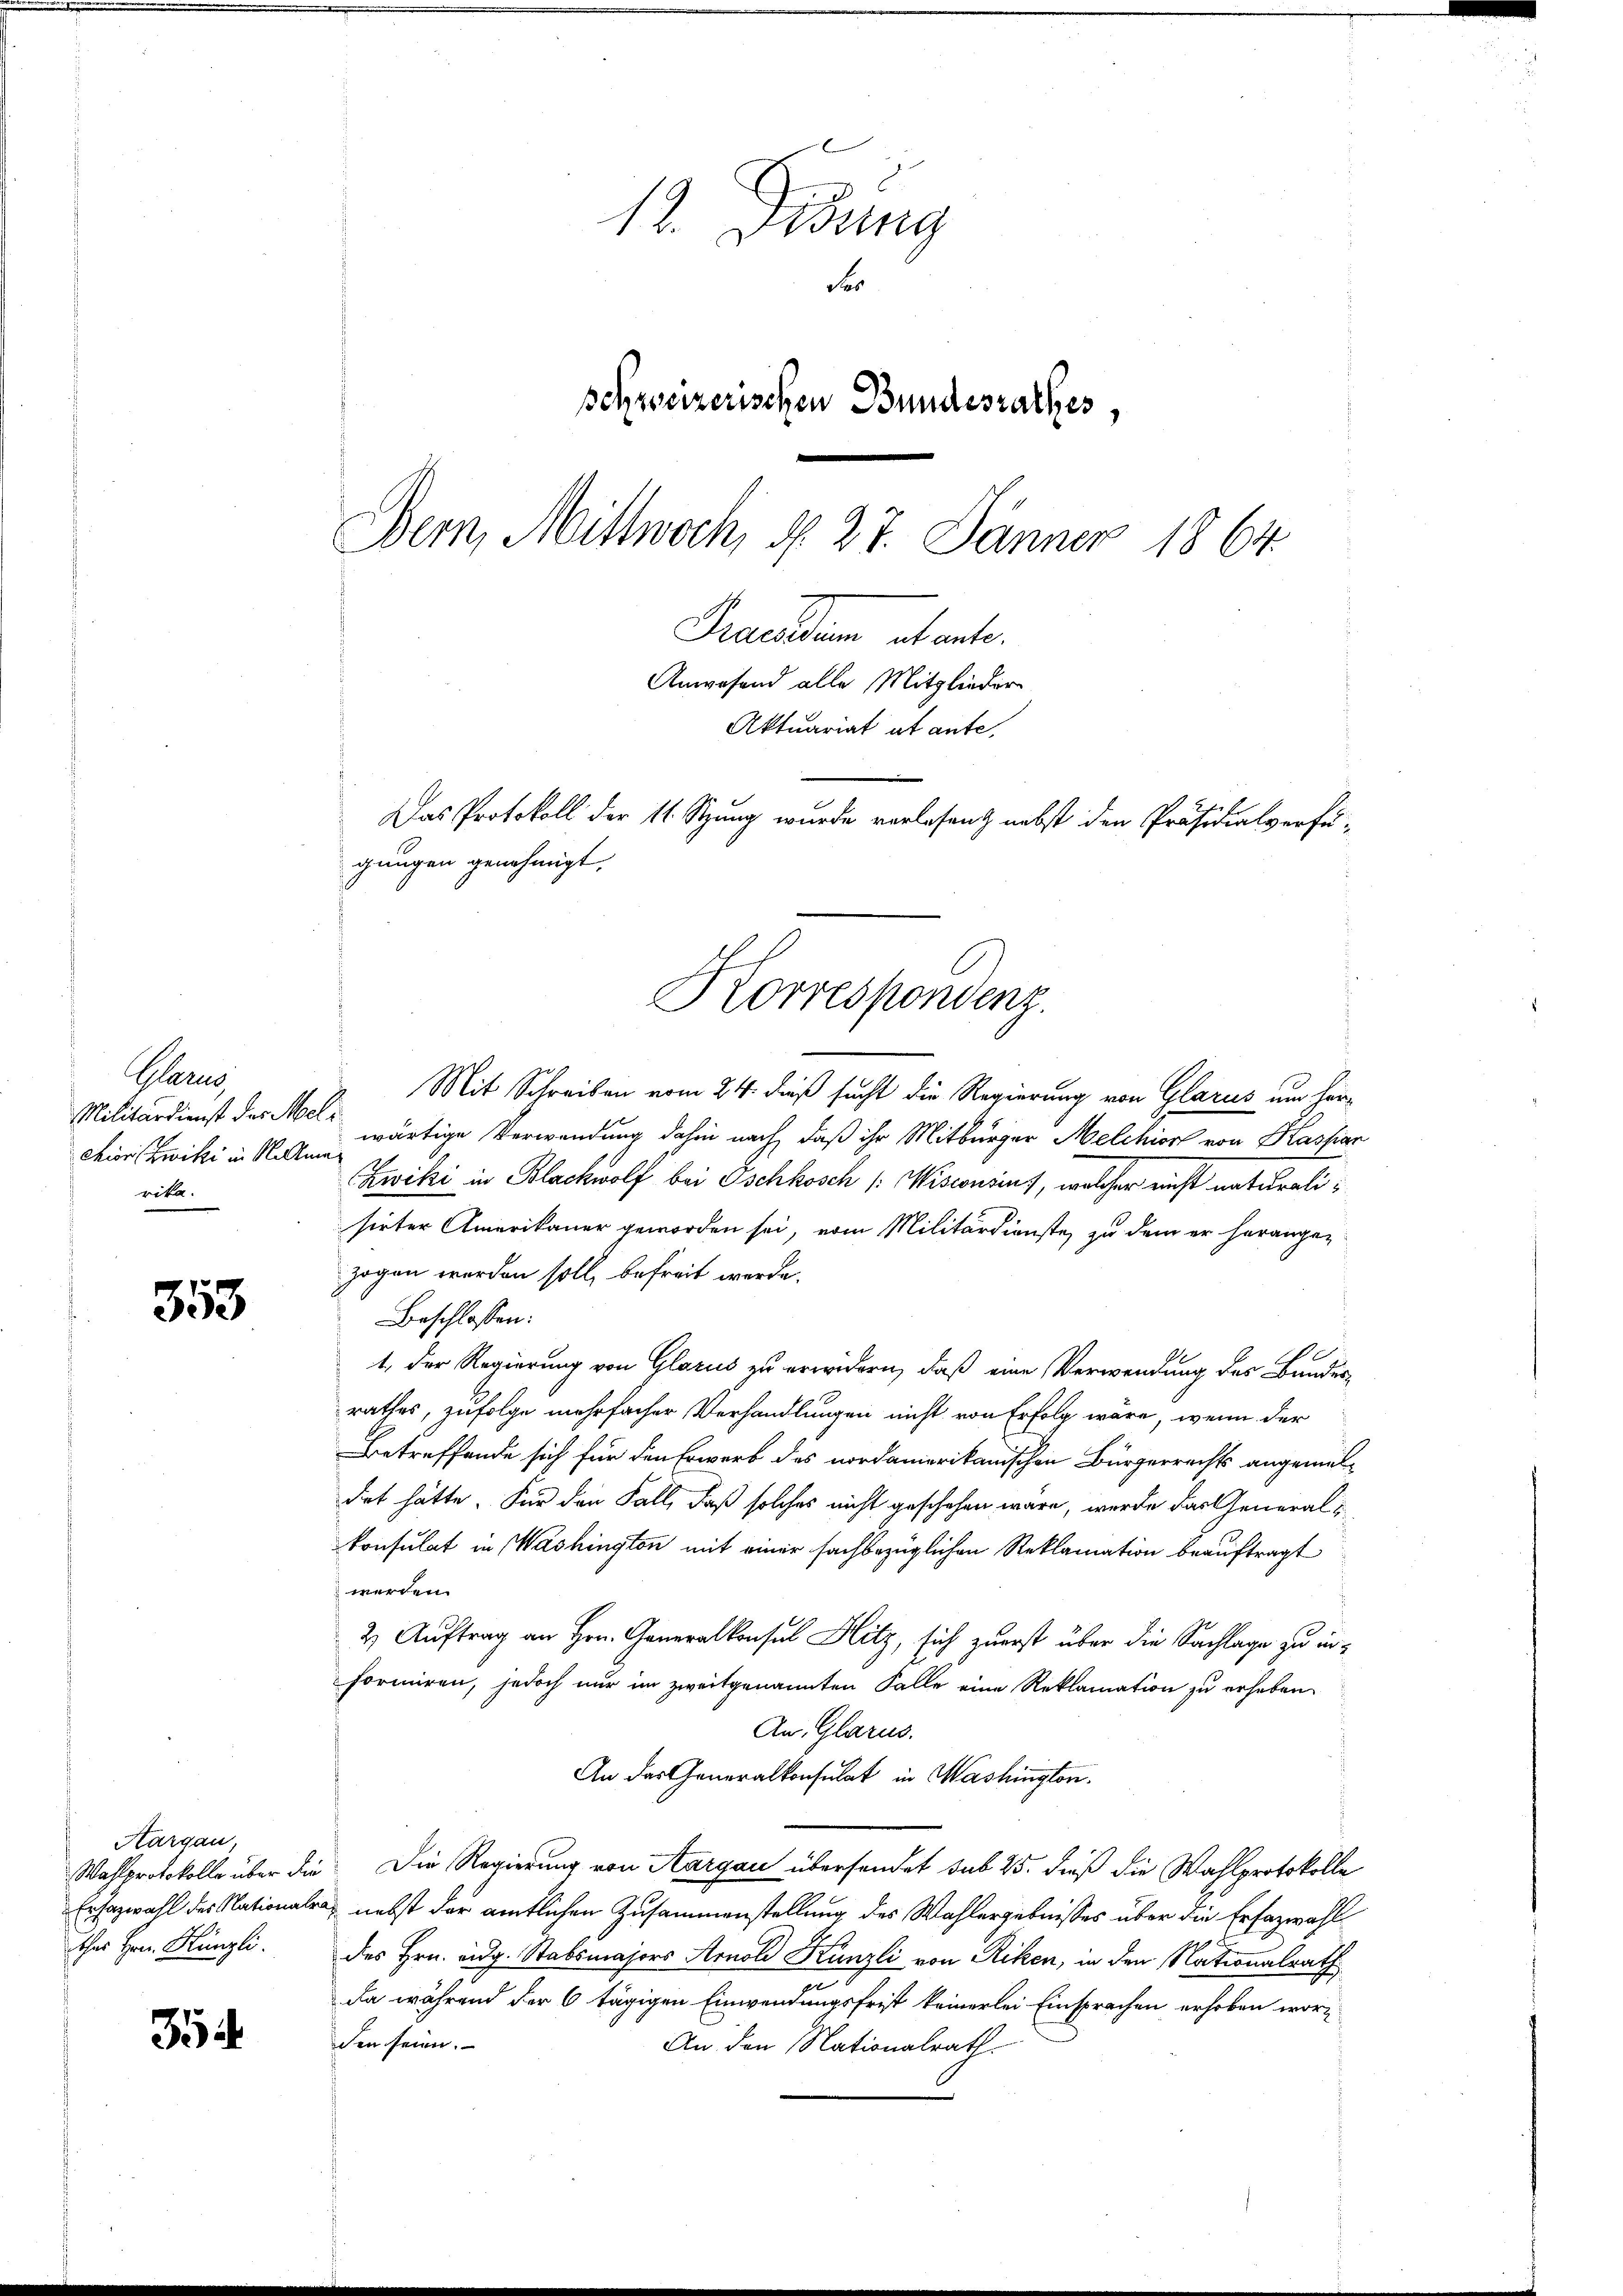
Glarus
Militärdienst des Meli
rika.

353

35

12. Jung
For
schweizerischen Bundesrathes,
Bern, Mittwoch, N. 27. Jänner 1864
Grandten etwel¬

Mit Schreiben vom 24. dieß sucht die Regierung von Glarus um hercier Zwiki in Newärtige Verwendung dahin nach, daß ihr Mitbürger Melchior von Kassian
Zwiki in Blackwolf bei Oschkosch /:Wisconsins, welcher einst naturalisirter Amerikaner geworden sei, vom Militärdienste, zu dem er herangezogen werden soll, befreit werde.
Beschlossen:
1. Der Regierung von Glarus zu erwidern, daß eine Verwendung des Bundes-
rathes, zufolge mehrfacher Verhandlungen nicht von Erfolg wäre, wenn der
Betreffende sich für den Erwerb des nordamerikanischen Bürgerrechts angemeldirt hätte. Für den Fall, daß solches nicht geschehen wäre, werde das eneralkonsulat in Washington mit einer sachbezüglichen Reklamation beauftragt
werden.
2) Auftrag an Hrn. Generalkonsul Hitz, sich zuerst über die Sachlage zu informiren, jedoch nur im zweitgenannten Falle eine Reklamation zu erheben.
An Glarus.
An das Generalkonsulat in Washington.
Wahlprotokolle über die Die Regierung von Aargau übersendet sub 25. dieß die Wahlprotokolle
Ersazwahl des Nationalrat nebst der amtlichen Zusammenstellung des Wahlergebnisses über die Erfazwahl
des Hrn. Eidg. Stabsmajors Arnold Künzli von Riken, in den Nationalrath
Da während der 6 tägigen Einwendungsfrist keinerlei Einsprachen erhoben worden seien.
An den Nationalrath

Aargau,
thes Hrn. Künzli.

Anwesend alle Mitglieder
Aktuariat et ante,
Das Protokoll der 11. Szung wurde vorlesen nebst den Präsidialverfü-
gungen genehmigt.
Korrespondenz.